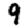
Digit: 9